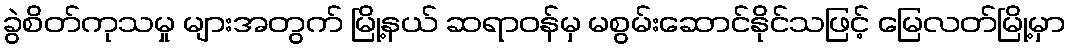
ခွဲစိတ်ကုသမှု များအတွက် မြို့နယ် ဆရာဝန်မှ မစွမ်းဆောင်နိုင်သဖြင့် မြေလတ်မြို့မှာ